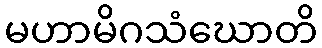
မဟာမိဂသံဃောတိ